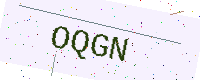
Text: OQGN